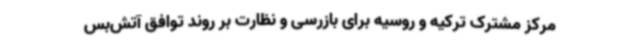
مرکز مشترک ترکیه و روسیه برای بازرسی و نظارت بر روند توافق آتش‌بس